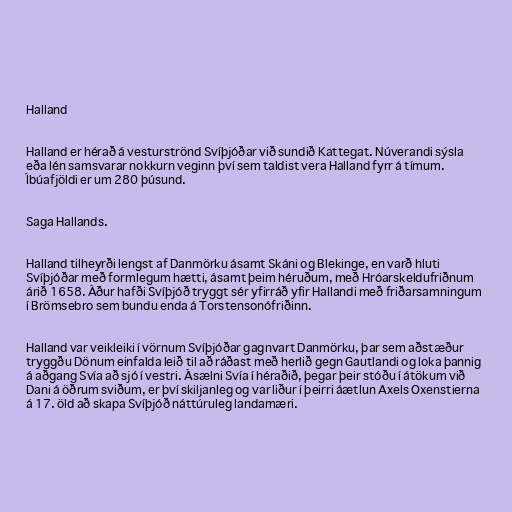
Halland

Halland er hérað á vesturströnd Svíþjóðar við sundið Kattegat. Núverandi sýsla
eða lén samsvarar nokkurn veginn því sem taldist vera Halland fyrr á tímum.
Íbúafjöldi er um 280 þúsund.

Saga Hallands.

Halland tilheyrði lengst af Danmörku ásamt Skáni og Blekinge, en varð hluti
Svíþjóðar með formlegum hætti, ásamt þeim héruðum, með Hróarskeldufriðnum
árið 1658. Áður hafði Svíþjóð tryggt sér yfirráð yfir Hallandi með friðarsamningum
í Brömsebro sem bundu enda á Torstensonófriðinn.

Halland var veikleiki í vörnum Svíþjóðar gagnvart Danmörku, þar sem aðstæður
tryggðu Dönum einfalda leið til að ráðast með herlið gegn Gautlandi og loka þannig
á aðgang Svía að sjó í vestri. Ásælni Svía í héraðið, þegar þeir stóðu í átökum við
Dani á öðrum sviðum, er því skiljanleg og var liður í þeirri áætlun Axels Oxenstierna
á 17. öld að skapa Svíþjóð náttúruleg landamæri.